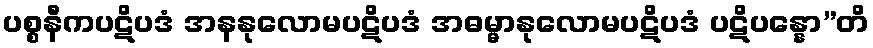
ပစ္စနီကပဋိပဒံ အနနုလောမပဋိပဒံ အဓမ္မာနုလောမပဋိပဒံ ပဋိပန္နော”တိ